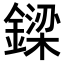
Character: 𨫟